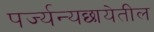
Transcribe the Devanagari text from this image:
पर्ज्यन्यछायेतील